Mental hospitals Bombay report 1921-28 - 1921-1928
Year: 1921
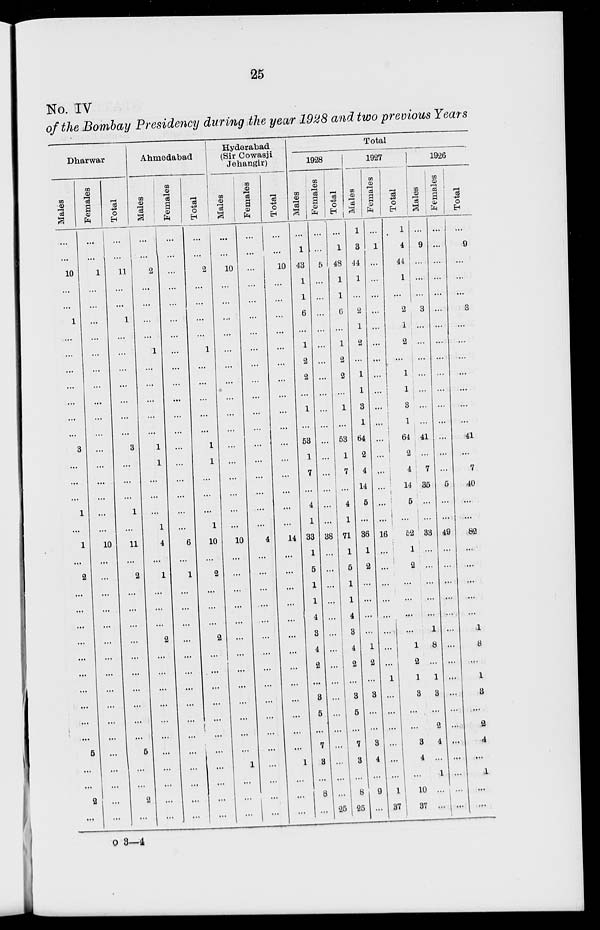
25
No. IV
of the Bombay Presidency during the year 1928 and two previous Years
Dharwar
Males
...
...
10
...
...
1
...
...
...
...
...
...
...
3
...
...
...
1
...
1
2
...
...
...
...
...
...
...
...
...
...
5
...
...
2
...
Females
...
...
1
...
...
...
...
...
...
...
...
...
...
...
...
...
...
...
...
10
...
...
...
...
...
...
...
...
...
...
...
...
...
...
...
...
Total
...
...
11
...
...
1
...
...
...
...
...
...
...
3
...
...
...
1
...
11
2
...
...
...
...
...
...
...
...
...
...
6
...
...
2
...
Ahmedabad
Males
...
...
2
...
...
...
...
1
...
...
...
...
...
1
1
...
...
...
1
4
1
...
...
...
2
...
...
...
...
...
...
...
...
...
...
...
Females
...
...
...
...
...
...
...
...
...
...
...
...
...
...
...
...
...
...
...
6
1
...
...
...
...
...
...
...
...
...
...
...
...
...
...
...
Total
...
...
2
...
...
...
...
1
...
...
...
...
...
1
1
...
...
...
1
10
2
...
...
...
2
...
...
...
...
...
...
...
...
...
...
...
Hyderabad
(Sir Cowasji
Jehangir)
Males
...
...
10
...
...
...
...
...
...
...
...
...
...
...
...
...
...
...
...
10
...
...
...
...
...
...
...
...
...
...
...
...
1
...
...
...
Females
...
...
...
...
...
...
...
...
...
...
...
...
...
...
...
...
...
...
...
4
...
...
...
...
...
...
...
...
...
...
...
...
...
...
...
...
Total
...
...
10
...
...
...
...
...
...
...
...
...
...
...
...
...
...
...
...
14
...
...
...
...
...
...
...
...
...
...
...
...
1
...
...
...
Total
1928
Males
...
1
43
1
1
6
...
1
2
2
...
1
...
53
1
7
...
4
1
33
1
5
1
1
4
3
4
2
...
3
5
...
7
3
...
8
...
Females
...
...
5
...
...
...
...
...
...
...
...
...
...
...
...
...
...
...
...
38
...
...
...
...
...
...
...
...
...
...
...
...
...
...
...
25
Total
...
1
48
1
1
6
...
1
2
2
...
1
...
53
1
7
...
4
1
71
1
5
1
1
4
3
4
2
...
3
5
...
7
3
...
8
25
1927
Males
1
3
44
1
...
2
1
2
...
1
1
3
1
64
2
4
14
5
...
36
1
2
...
...
...
...
1
2
...
3
...
...
3
4
...
9
...
Females
...
1
...
...
...
...
...
...
...
...
...
i
16
...
...
...
...
...
...
...
...
1
...
...
...
...
...
...
1
37
Total
1
4
44
1
...
2
1
2
...
1
1
3
1
64
2
4
14
5
...
...
52
2
...
...
...
...
1
2
1
3
...
...
3
4
...
10
37
1926
Males
...
9
...
...
3
...
...
...
...
41
...
7
35
...
...
33
...
...
...
...
...
1
8
...
1
3
...
2
4
...
1
...
...
Females
...
...
...
...
...
...
...
...
...
...
...
...
...
...
...
5
...
...
49
...
...
...
...
...
...
...
...
...
...
...
...
...
...
...
...
...
Total
...
9
...
...
...
3
...
...
...
...
...
...
...
41
...
7
40
...
...
82
...
...
...
...
...
1
8
...
1
3
...
2
4
...
1
...
...
o 3—4